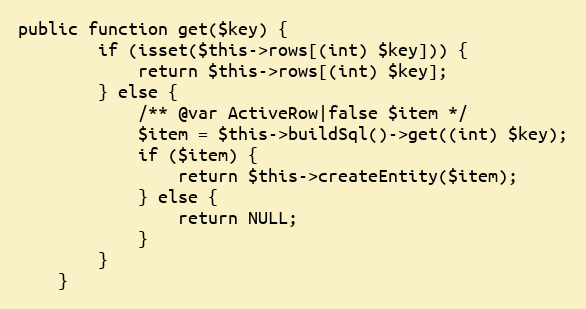
Language: PHP
public function get($key) {
		if (isset($this->rows[(int) $key])) {
			return $this->rows[(int) $key];
		} else {
			/** @var ActiveRow|false $item */
			$item = $this->buildSql()->get((int) $key);
			if ($item) {
				return $this->createEntity($item);
			} else {
				return NULL;
			}
		}
	}